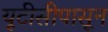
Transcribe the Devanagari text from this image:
यूटीसीपासून